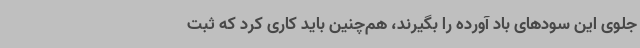
جلوی این سودهای باد آورده را بگیرند، هم‌چنین باید کاری کرد که ثبت